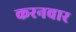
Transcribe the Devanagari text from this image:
करनवार